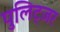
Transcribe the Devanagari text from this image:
पुलिट्ज़र